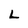
Character: L